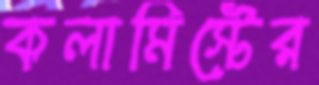
কলামিস্টের